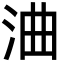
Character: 浀